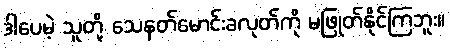
ဒါပေမဲ့ သူတို့ သေနတ်မောင်းခလုတ်ကို မဖြုတ်နိုင်ကြဘူး။